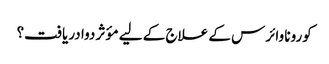
کورونا وائرس کے علاج کے لیے مؤثر دوا دریافت؟